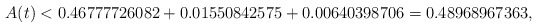
\begin{align*}A(t) < 0.46777726082 + 0.01550842575 + 0.00640398706 = 0.48968967363 , \end{align*}